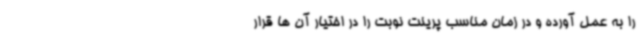
را به عمل آورده و در زمان مناسب پرینت نوبت را در اختیار آن ها قرار